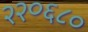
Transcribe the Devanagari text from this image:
२२०६८०